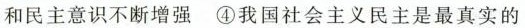
和民主意识不断增强 ④我国社会主义民主是最真实的